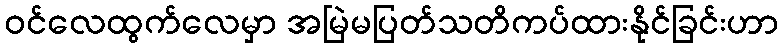
ဝင်လေထွက်လေမှာ အမြဲမပြတ်သတိကပ်ထားနိုင်ခြင်းဟာ